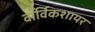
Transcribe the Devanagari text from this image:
वॉर्विकशायर